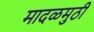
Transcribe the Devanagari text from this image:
मादळमुठी